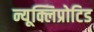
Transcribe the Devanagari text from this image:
न्यूक्लिप्रोटिड